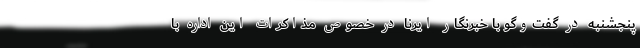
پنجشنبه در گفت‌وگو با خبرنگار ایرنا در خصوص مذاکرات این اداره با